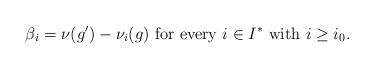
LaTeX: \begin{align*}\beta_i=\nu(g')-\nu_i(g)\mbox{ for every }i\in I^*\mbox{ with }i\geq i_0.\end{align*}